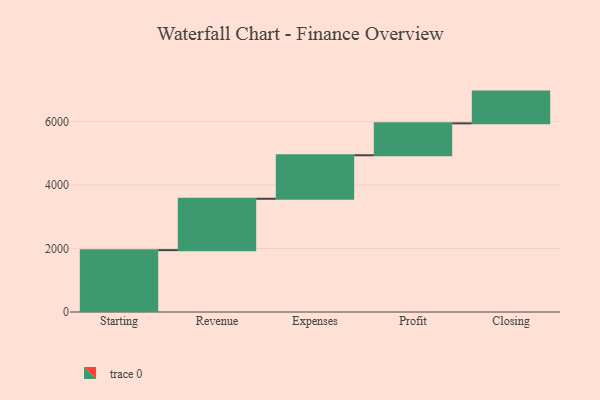
{"axis": {"x": "Step", "y": "Value"}, "legend": [""], "data": [{"x": "Starting", "y": 1948.0, "type": ""}, {"x": "Revenue", "y": 1618.0, "type": ""}, {"x": "Expenses", "y": 1370.0, "type": ""}, {"x": "Profit", "y": 1005.0, "type": ""}, {"x": "Closing", "y": 1000, "type": ""}]}